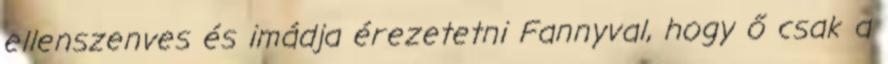
ellenszenves és imádja érezetetni Fannyval, hogy ő csak a